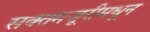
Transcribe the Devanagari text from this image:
सक्तमजूरीमधून